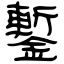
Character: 鏨